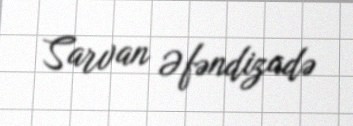
Sarvan Əfəndizadə